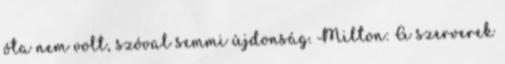
óta nem volt, szóval semmi újdonság. Milton: A szerverek